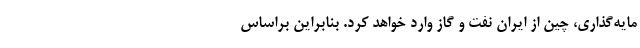
مایه‌گذاری، چین از ایران نفت و گاز وارد خواهد کرد. بنابراین براساس